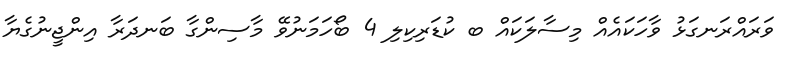
ވަރައްރަނގަޅު ވާހަކައެއް މިސާލަކައް ބ ކުޑަރިކިލި 4 ބޯހަމަނުވޭ މާސިންގާ ބަނދަރާ އިންޖީނުގެޔާ